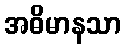
အဓိမာနသာ